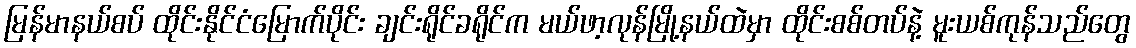
မြန်မာနယ်စပ် ထိုင်းနိုင်ငံမြောက်ပိုင်း ချင်းရိုင်ခရိုင်က မယ်ဖာ့လုန်မြို့နယ်ထဲမှာ ထိုင်းစစ်တပ်နဲ့ မူးယစ်ကုန်သည်တွေ